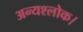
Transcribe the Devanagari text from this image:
अन्यश्लोक।